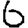
Digit: 6